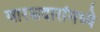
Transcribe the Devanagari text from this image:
वारसदारांमध्ये